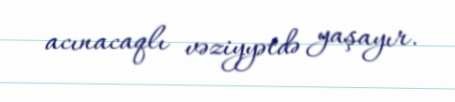
acınacaqlı vəziyyətdə yaşayır.